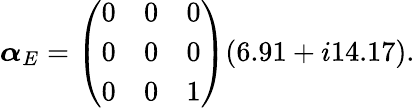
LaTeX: \boldsymbol{\alpha}_{E}=\left(\begin{array}{lll}{0}&{0}&{0}\\ {0}&{0}&{0}\\ {0}&{0}&{1}\end{array}\right)(6.91+i14.17).